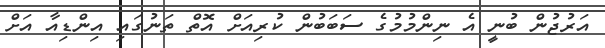
އަރުޖުން ބުނީ އެ ނިންމުމުގެ ސަބަބުން ކުރިއަށް އޮތް ތަނުގައި އިންޑިއާ އަށް